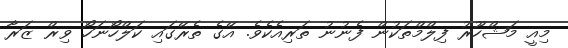
މިއީ މަޝްހޫރު ފިލްމްތަކުން ފެނުނު ތަރިއެކެވެ. އޭގެ ތެރޭގައި ކަލްހޯނަހޯ ވިޜް ޒަރާ